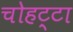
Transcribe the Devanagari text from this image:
चोहट्टा